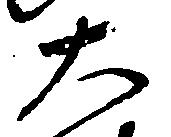
大